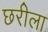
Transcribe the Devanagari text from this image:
छरीला